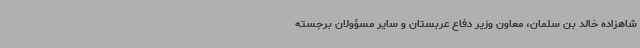
شاهزاده خالد بن سلمان، معاون وزیر دفاع عربستان و سایر مسؤولان برجسته